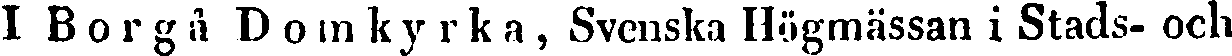
I Borgå-Domkyrka, Svenska Högmässan i Stads- och